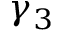
\gamma _ { 3 }